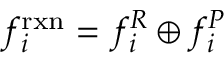
f _ { i } ^ { \mathrm { r x n } } = f _ { i } ^ { R } \oplus f _ { i } ^ { P }